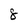
Character: 8